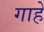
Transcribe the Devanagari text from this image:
गाहें